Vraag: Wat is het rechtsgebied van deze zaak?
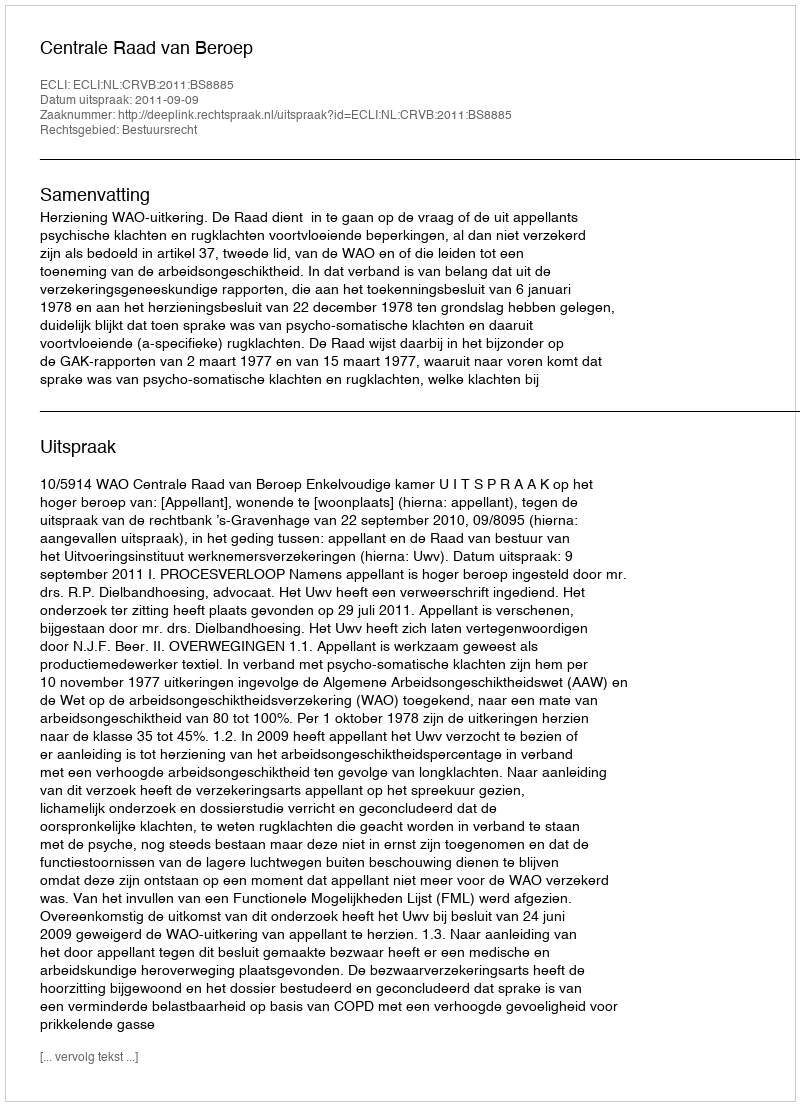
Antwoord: Bestuursrecht